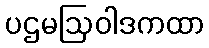
ပဌမဩဝါဒကထာ